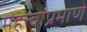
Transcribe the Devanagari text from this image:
महत्त्वाप्रमाणे